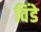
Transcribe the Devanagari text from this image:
विंडे